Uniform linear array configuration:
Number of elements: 12
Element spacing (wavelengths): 0.25
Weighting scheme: kaiser
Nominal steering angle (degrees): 45
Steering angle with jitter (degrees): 46.044
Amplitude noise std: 0.05
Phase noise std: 0.05

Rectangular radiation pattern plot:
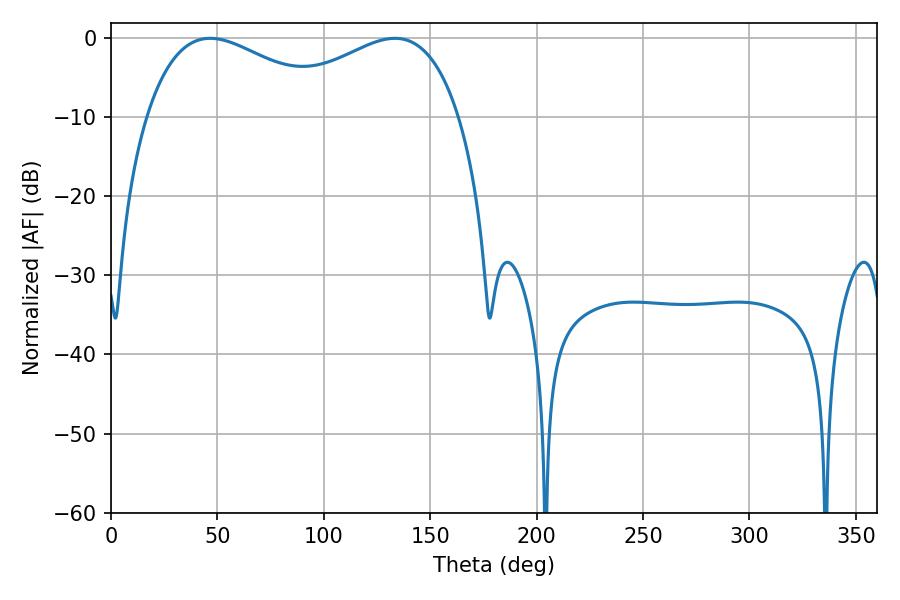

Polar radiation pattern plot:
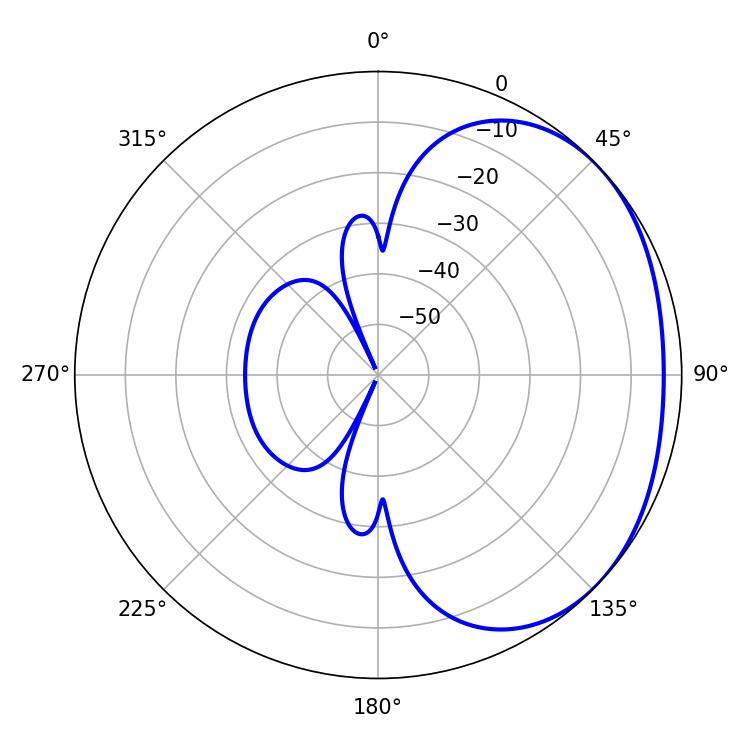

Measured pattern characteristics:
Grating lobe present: FALSE
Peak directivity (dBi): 1.932
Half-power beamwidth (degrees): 49.68
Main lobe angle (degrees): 46.62